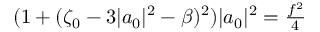
\begin{array} { r } { ( 1 + ( \zeta _ { 0 } - 3 | a _ { 0 } | ^ { 2 } - \beta ) ^ { 2 } ) | a _ { 0 } | ^ { 2 } = \frac { f ^ { 2 } } { 4 } } \end{array}